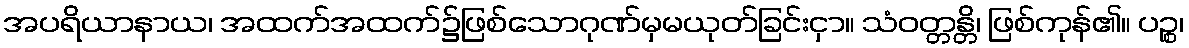
အပရိယာနာယ၊ အထက်အထက်၌ဖြစ်သောဂုဏ်မှမယုတ်ခြင်းငှာ။ သံဝတ္တန္တိ၊ ဖြစ်ကုန်၏။ ပဉ္စ၊